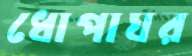
ধোপাঘর